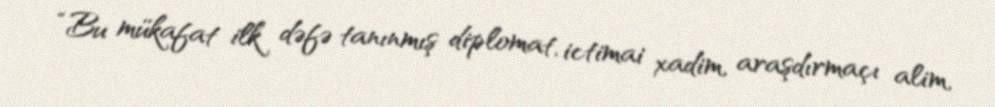
“Bu mükafat ilk dəfə tanınmış diplomat, ictimai xadim, araşdırmaçı alim,